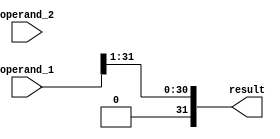
module multiplication 
#(
 parameter    DATA_LENGTH = 32,
 parameter    K_QFACTOR   = 16
)
(
 input  wire [DATA_LENGTH - 1 : 0] operand_1,
 input  wire [DATA_LENGTH - 1 : 0] operand_2,
 
 output wire [DATA_LENGTH - 1 : 0] result
);
 wire        [DATA_LENGTH*2 - 1 : 0] temp_result;
 
//assign                             temp_result = ({{DATA_LENGTH{operand_1[DATA_LENGTH - 1]}}, operand_1} * {{DATA_LENGTH{operand_2[DATA_LENGTH - 1]}}, operand_2}) >>> K_QFACTOR;
//assign                            result        = temp_result[DATA_LENGTH - 1  : 0];
assign                                  result   = operand_1 >> 1'b1; 
//assign                                  result   = operand_1 * operand_2; 
//assign                                  result   = operand_1;
endmodule